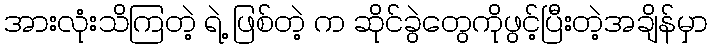
အားလုံးသိကြတဲ့ ရဲ့ ဖြစ်တဲ့ က ဆိုင်ခွဲတွေကိုဖွင့်ပြီးတဲ့အချိန်မှာ